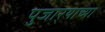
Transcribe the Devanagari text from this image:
पुजार्‍याच्या